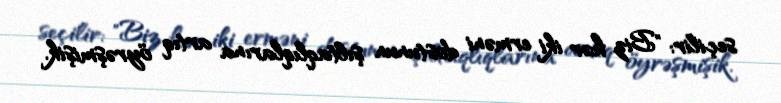
seçilir: "Biz hər iki erməni dostunun şıltaqlıqlarına artıq öyrəşmişik.